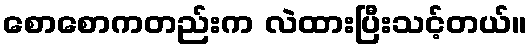
စောစောကတည်းက လဲထားပြီးသင့်တယ်။